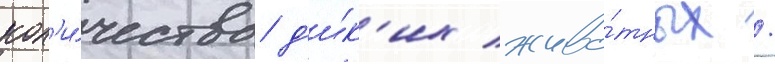
кол'и́чества д'и́к'их живо́тных /